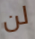
لن